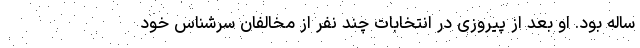
ساله بود. او بعد از پیروزی در انتخابات چند نفر از مخالفان سرشناس خود